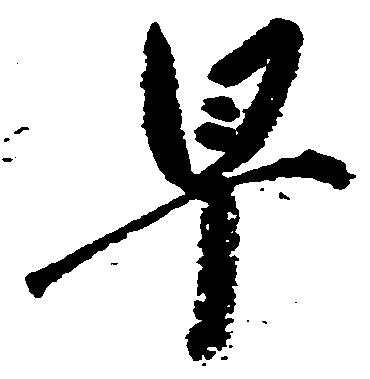
早